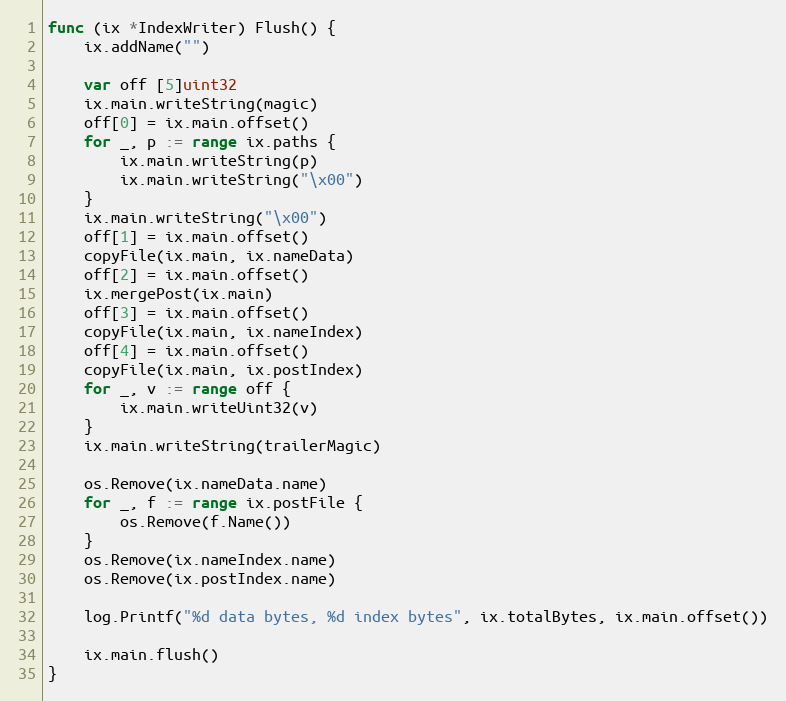
Language: Go
func (ix *IndexWriter) Flush() {
	ix.addName("")

	var off [5]uint32
	ix.main.writeString(magic)
	off[0] = ix.main.offset()
	for _, p := range ix.paths {
		ix.main.writeString(p)
		ix.main.writeString("\x00")
	}
	ix.main.writeString("\x00")
	off[1] = ix.main.offset()
	copyFile(ix.main, ix.nameData)
	off[2] = ix.main.offset()
	ix.mergePost(ix.main)
	off[3] = ix.main.offset()
	copyFile(ix.main, ix.nameIndex)
	off[4] = ix.main.offset()
	copyFile(ix.main, ix.postIndex)
	for _, v := range off {
		ix.main.writeUint32(v)
	}
	ix.main.writeString(trailerMagic)

	os.Remove(ix.nameData.name)
	for _, f := range ix.postFile {
		os.Remove(f.Name())
	}
	os.Remove(ix.nameIndex.name)
	os.Remove(ix.postIndex.name)

	log.Printf("%d data bytes, %d index bytes", ix.totalBytes, ix.main.offset())

	ix.main.flush()
}